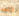
انت